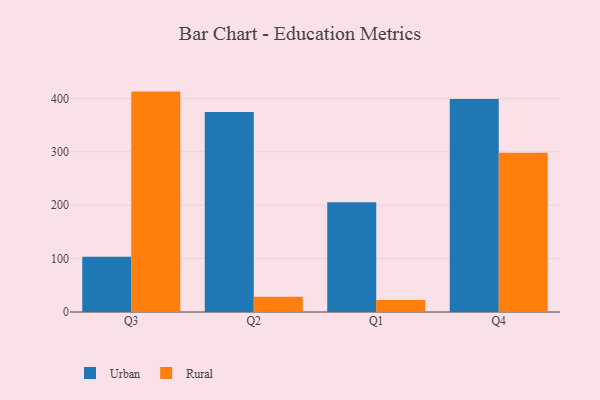
{"axis": {"x": "Quarter", "y": "Headcount"}, "legend": ["Rural", "Urban"], "data": [{"x": "Q3", "y": 103.2, "type": "Urban"}, {"x": "Q3", "y": 412.6, "type": "Rural"}, {"x": "Q2", "y": 374.3, "type": "Urban"}, {"x": "Q2", "y": 28.5, "type": "Rural"}, {"x": "Q1", "y": 205.4, "type": "Urban"}, {"x": "Q1", "y": 22.6, "type": "Rural"}, {"x": "Q4", "y": 398.8, "type": "Urban"}, {"x": "Q4", "y": 298.1, "type": "Rural"}]}